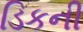
ડિકની